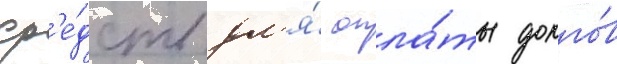
ср'е́дств дл'я́ опла́ты долго́в